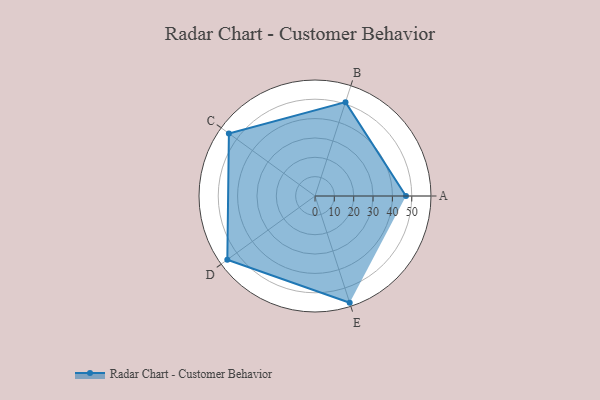
{"axis": {"x": "Skill", "y": "Score"}, "legend": ["Profile"], "data": [{"x": "A", "y": 47.0, "type": "Profile"}, {"x": "B", "y": 51.0, "type": "Profile"}, {"x": "C", "y": 55.0, "type": "Profile"}, {"x": "D", "y": 56.0, "type": "Profile"}, {"x": "E", "y": 58.0, "type": "Profile"}]}